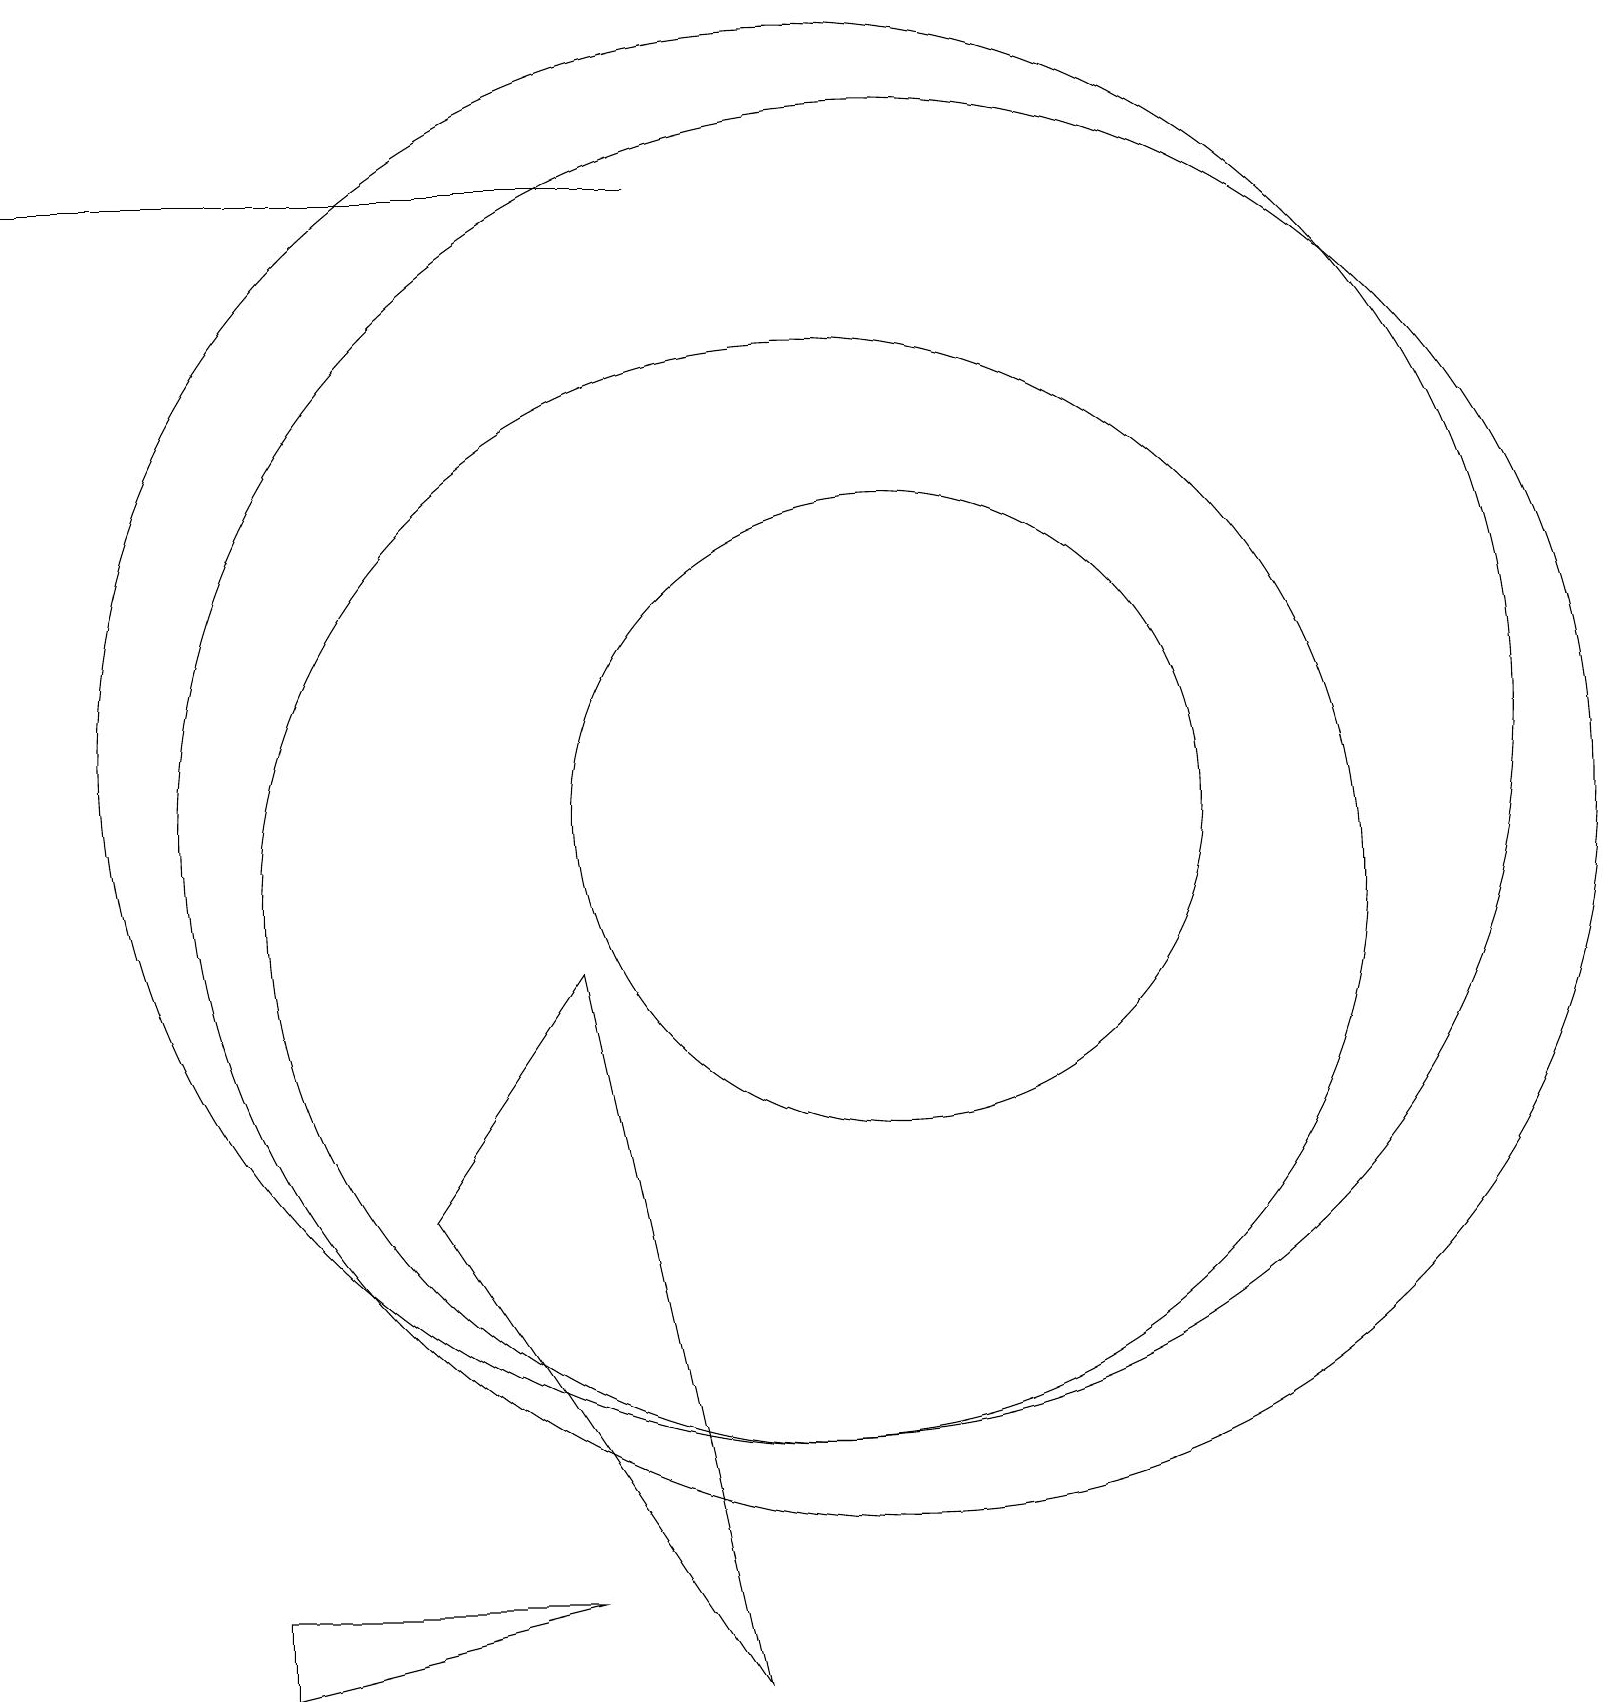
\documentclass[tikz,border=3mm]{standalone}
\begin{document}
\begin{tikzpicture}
\draw (10,10) circle (7);
\draw (11,11) circle (9);
\draw (7,1) -- (3,0) -- (3,1) -- cycle;
\draw (0,19) rectangle (8,19);
\draw (5,6) -- (7,9) -- (9,0) -- cycle;
\draw (10,12) circle (9);
\draw (11,11) circle (4);
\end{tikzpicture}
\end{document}